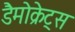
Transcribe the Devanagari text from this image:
डैमोक्रेट्स